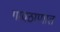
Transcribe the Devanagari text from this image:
गावठाणात